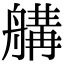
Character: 𦩷